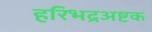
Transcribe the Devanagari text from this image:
हरिभद्रअष्टक